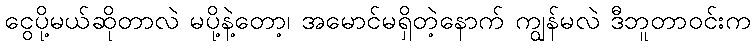
ငွေပို့မယ်ဆိုတာလဲ မပို့နဲ့တော့၊ အမောင်မရှိတဲ့နောက် ကျွန်မလဲ ဒီဘူတာဝင်းက